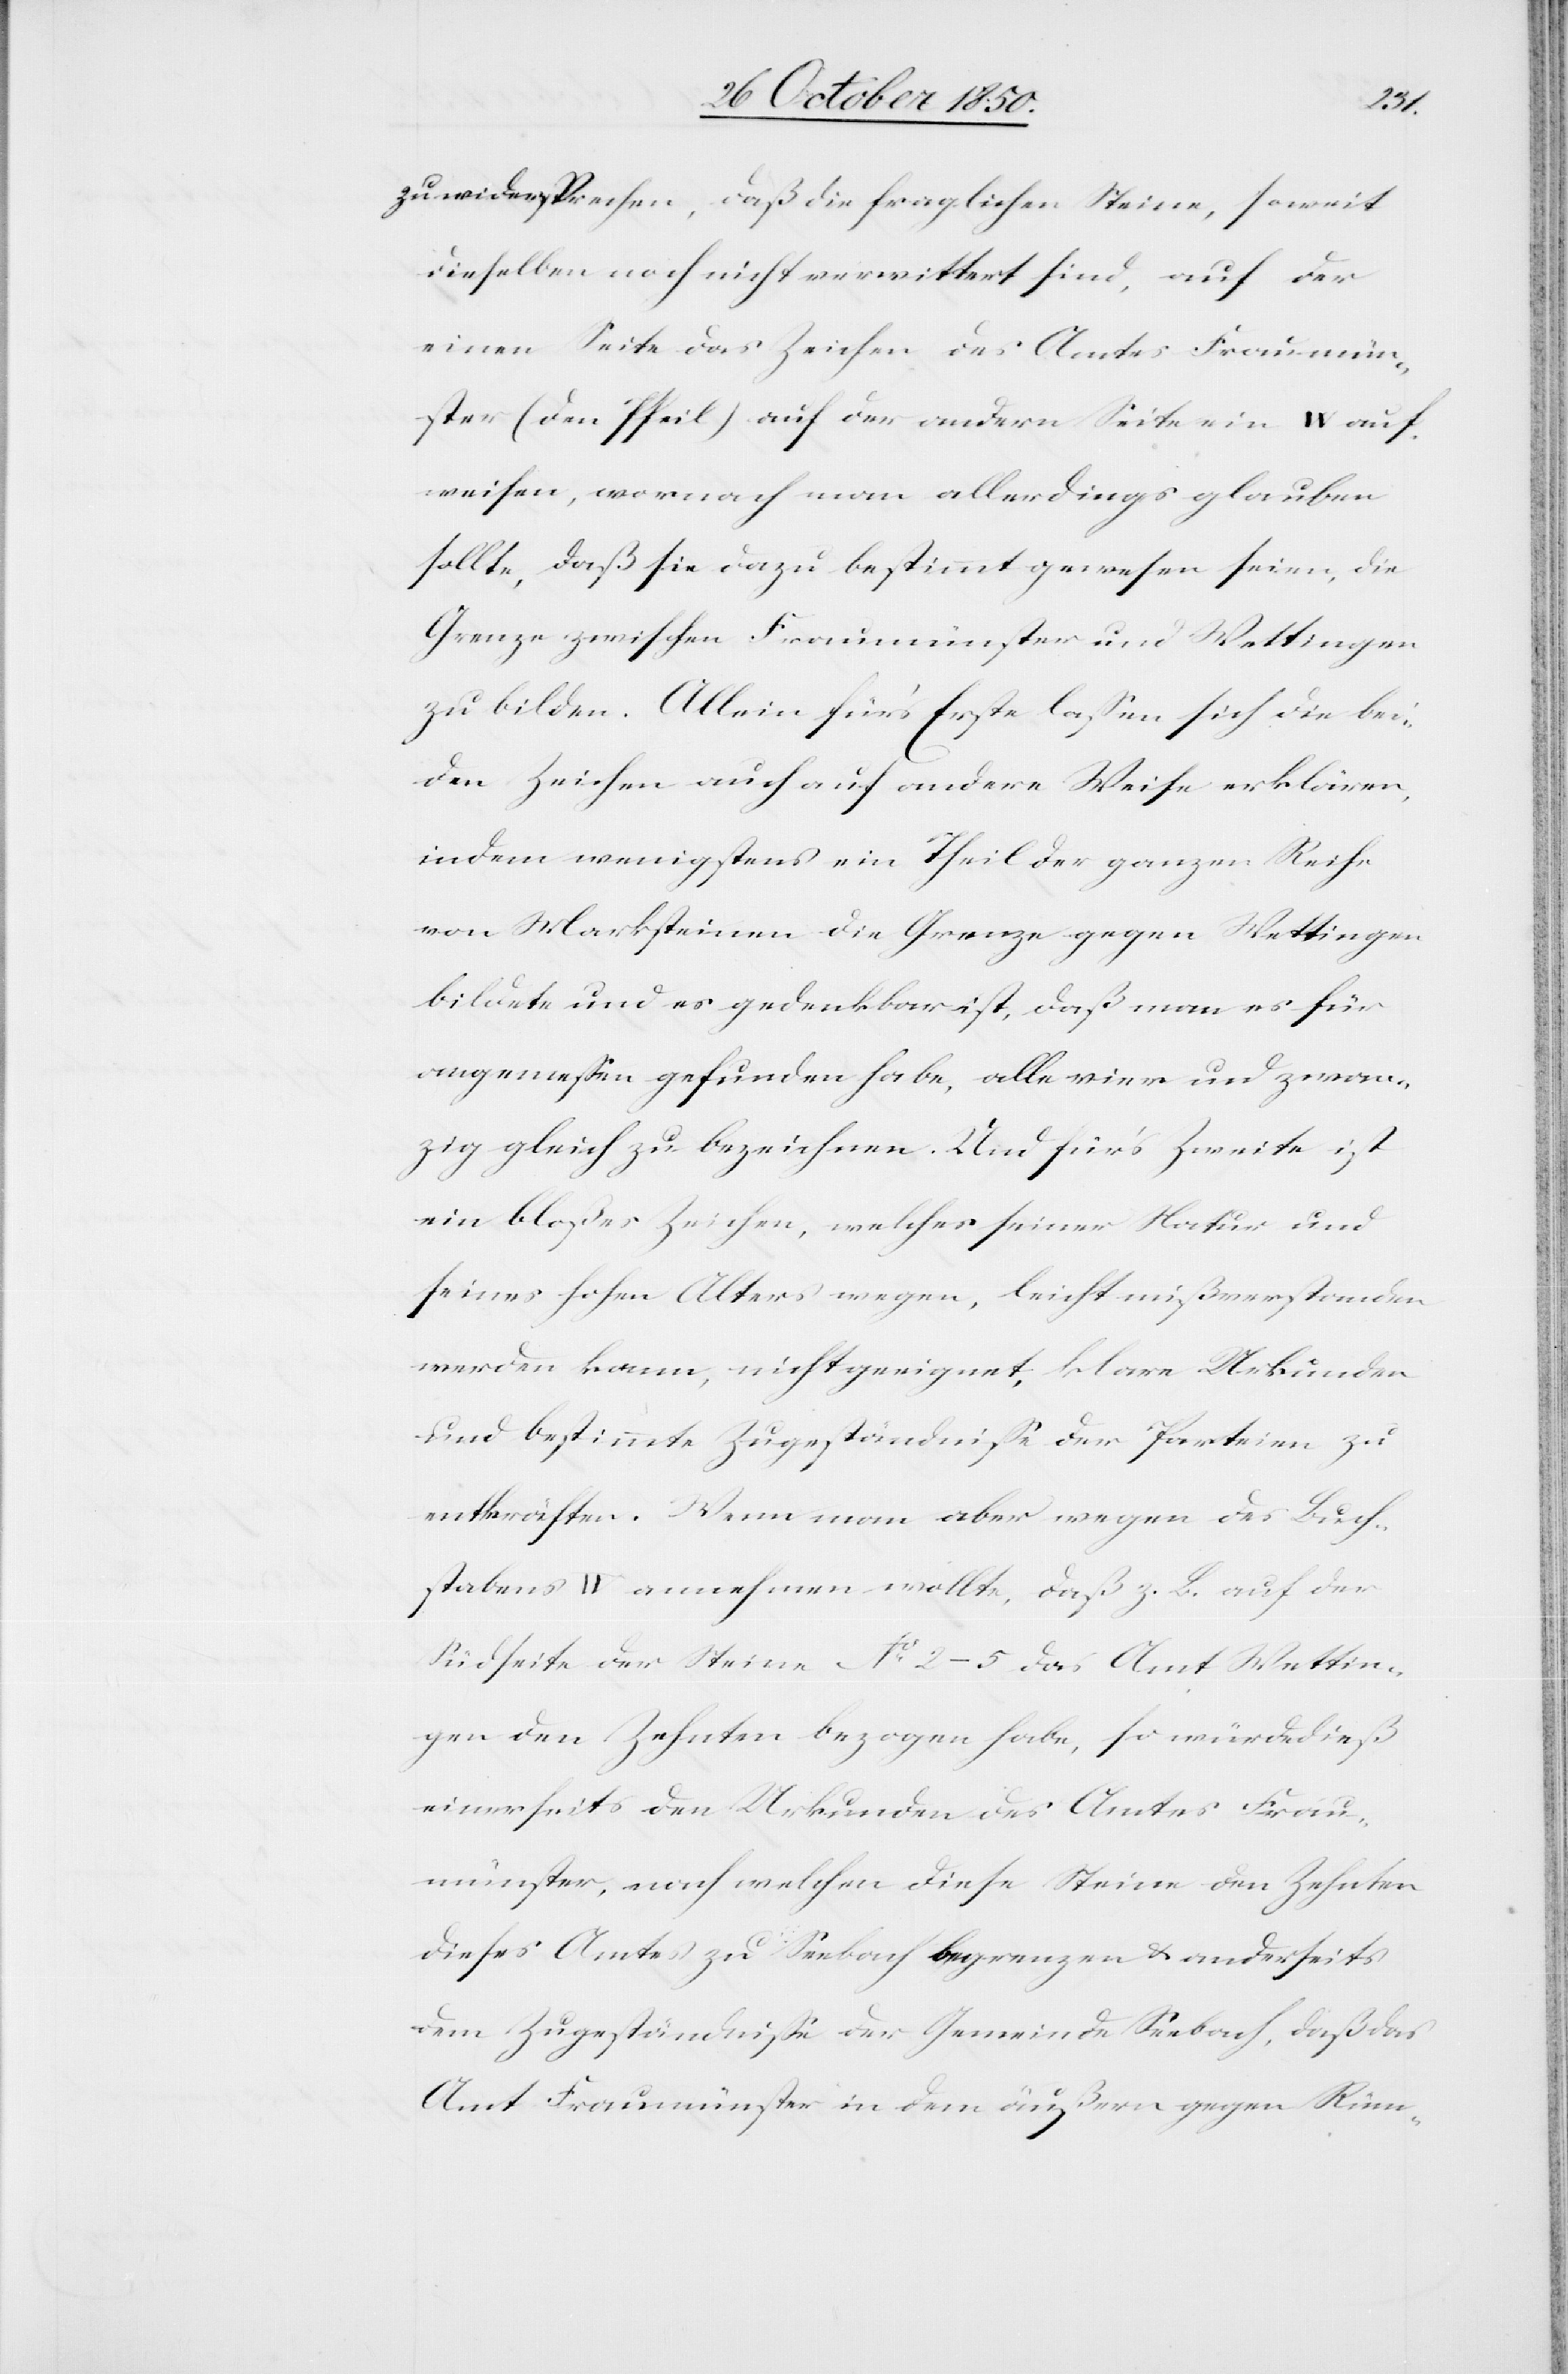
zu widersprechen, daß die fraglichen Steine, soweit
dieselben noch nicht verwittert sind, auf der
einen Seite das Zeichen des Amtes Fraumün¬
ster (den Pfeil) auf der andern Seite ein W auf¬
weisen, wornach man allerdings glauben
sollte, daß sie dazu bestimmt gewesen seien, die
Grenze zwischen Fraumünster und Wettingen
zu bilden. Allein für’s Erste lassen sich die bei¬
den Zeichen auch auf andere Weise erklären,
indem wenigstens ein Theil der ganzen Reihe
von Marksteinen die Grenze gegen Wettingen
bildete und es gedenkbar ist, daß man es für
angemessen gefunden habe, alle vier und zwan¬
zig gleich zu bezeichnen. Und für’s Zweite ist
ein bloßes Zeichen, welches seiner Natur und
seines hohen Alters wegen, leicht mißverstanden
werden kann, nicht geeignet, klare Urkunden
und bestimmte Zugeständniße der Parteien zu
entkräften. Wenn man aber wegen des Buch¬
stabens W annehmen wollte, daß z. B. auf der
Südseite der Steine No 2–5 das Amt Wettin¬
gen den Zehnten bezogen habe, so würde dieß
einerseits den Urkunden des Amtes Frau¬
münster, nach welchen diese Steine den Zehnten
dieses Amtes zu Seebach begrenzen & anderseits
dem Zugeständnisse der Gemeinde Seebach, daß das
Amt Fraumünster in dem äußern gegen Rüm-